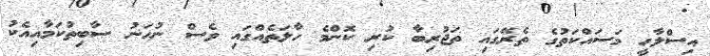
އިސްލާހީ މަސައްކަތުގެ ތެރޭގައި ތަޖުރިބާ ކުރި ކޮންމެ ހާލަތެއްގައި ވެސް ނުހަނު ސާބިތުކަމާއިއެކު